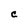
Character: C